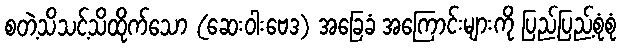
စတဲ့သိသင့်သိထိုက်သော (ဆေးဝါးဗေဒ) အခြေခံ အကြောင်းများကို ပြည့်ပြည့်စုံစုံ